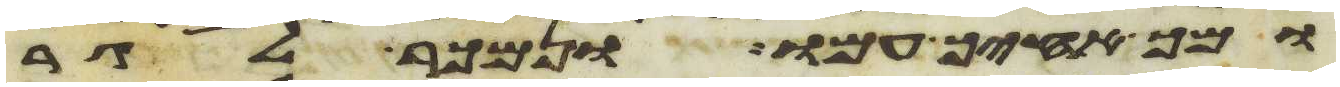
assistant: ומך אחיך עמו ונמכר לגר